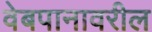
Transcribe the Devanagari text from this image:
वेबपानावरील